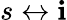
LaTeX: s\leftrightarrow\mathbf{i}